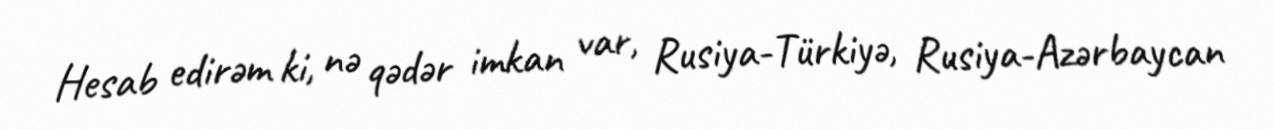
Hesab edirəm ki, nə qədər imkan var, Rusiya-Türkiyə, Rusiya-Azərbaycan